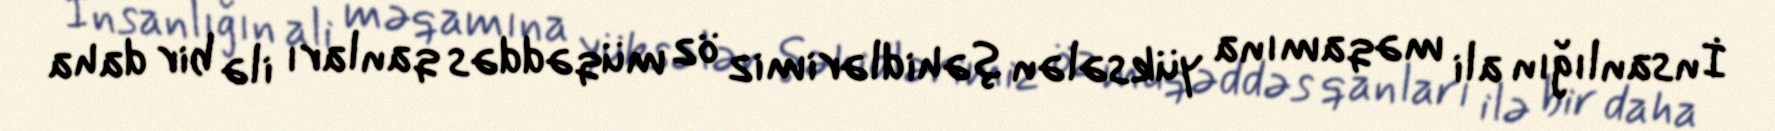
İnsanlığın ali məqamına yüksələn şəhidlərimiz öz müqəddəs qanları ilə bir daha